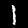
Digit: 1